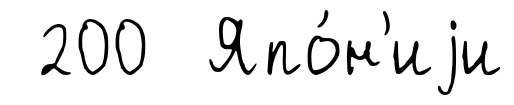
200 Япо́н'иjи